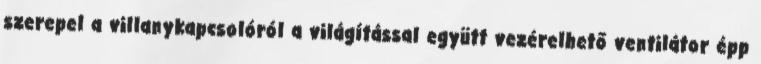
szerepel a villanykapcsolóról a világítással együtt vezérelhető ventilátor épp